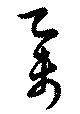
挙